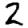
Digit: 2